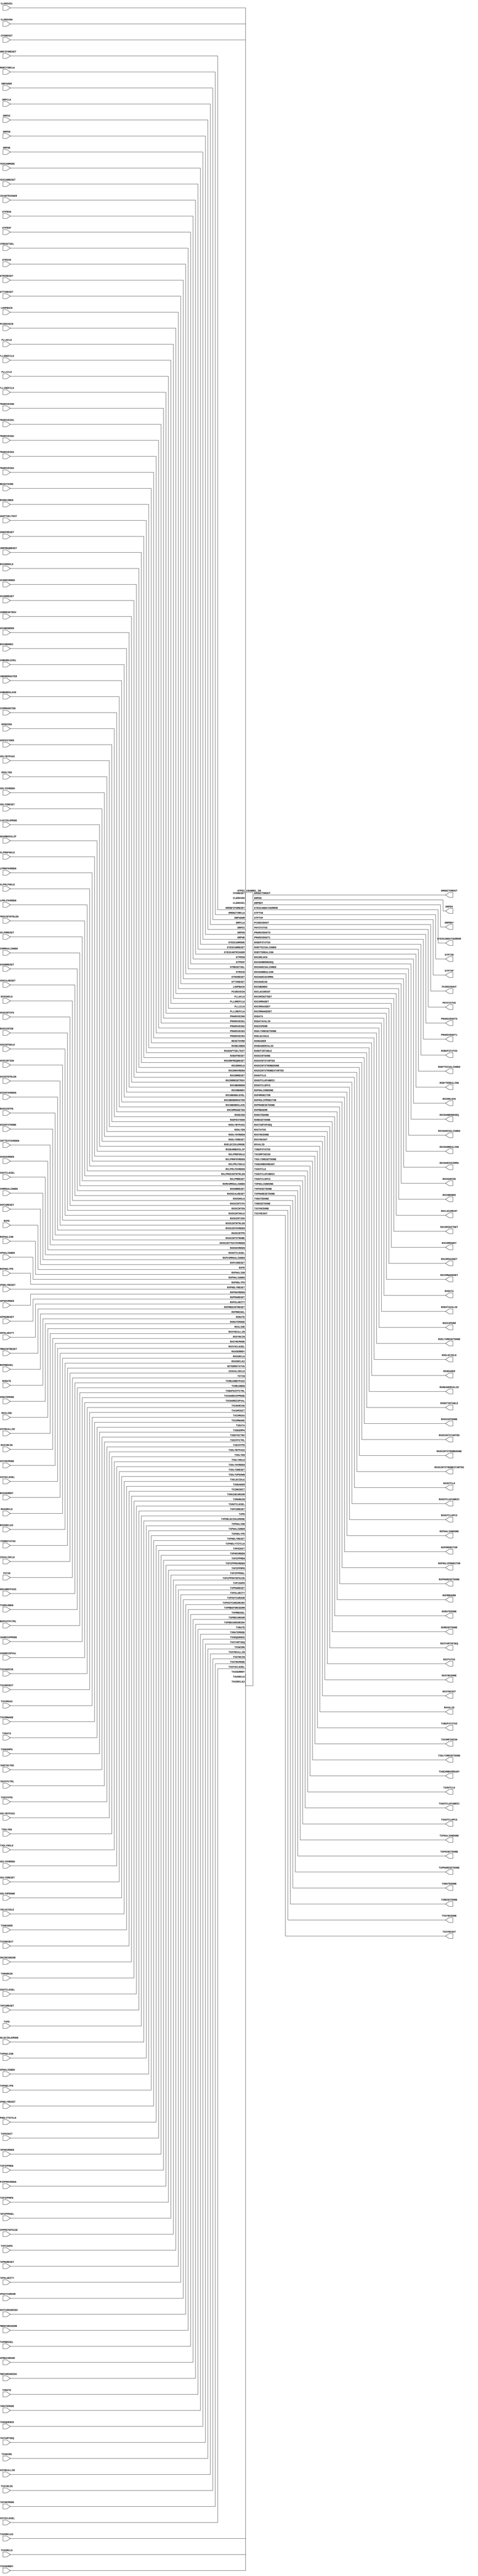
///////////////////////////////////////////////////////
//  Copyright (c) 1995/2016 Xilinx, Inc.
//  All Right Reserved.
///////////////////////////////////////////////////////
//
//   ____   ___
//  /   /\/   / 
// /___/  \  /     Vendor      : Xilinx 
// \  \    \/      Version : 2016.1
//  \  \           Description : Xilinx Formal Library Component
//  /  /                      
// /__/   /\       Filename    : GTPE2_CHANNEL.v
// \  \  /  \ 
//  \__\/\__ \                    
//                                 
///////////////////////////////////////////////////////
//  Revision:
//  06/02/11 - Initial version
//  09/27/11 - 626008 - YML updated
//  10/24/11 - 630158 - Add message
//  01/04/12 - 640449 - YML update
//  02/01/12 - 641156 - complete GTPE2 wrapper
//  10/31/14 - Added inverter functionality for IS_*_INVERTED parameter (CR 828995).
//  End Revision
/////////////////////////////////////////////////////////

`timescale 1 ps / 1 ps 

`celldefine

module GTPE2_CHANNEL (
  DMONITOROUT,
  DRPDO,
  DRPRDY,
  EYESCANDATAERROR,
  GTPTXN,
  GTPTXP,
  PCSRSVDOUT,
  PHYSTATUS,
  PMARSVDOUT0,
  PMARSVDOUT1,
  RXBUFSTATUS,
  RXBYTEISALIGNED,
  RXBYTEREALIGN,
  RXCDRLOCK,
  RXCHANBONDSEQ,
  RXCHANISALIGNED,
  RXCHANREALIGN,
  RXCHARISCOMMA,
  RXCHARISK,
  RXCHBONDO,
  RXCLKCORCNT,
  RXCOMINITDET,
  RXCOMMADET,
  RXCOMSASDET,
  RXCOMWAKEDET,
  RXDATA,
  RXDATAVALID,
  RXDISPERR,
  RXDLYSRESETDONE,
  RXELECIDLE,
  RXHEADER,
  RXHEADERVALID,
  RXNOTINTABLE,
  RXOSINTDONE,
  RXOSINTSTARTED,
  RXOSINTSTROBEDONE,
  RXOSINTSTROBESTARTED,
  RXOUTCLK,
  RXOUTCLKFABRIC,
  RXOUTCLKPCS,
  RXPHALIGNDONE,
  RXPHMONITOR,
  RXPHSLIPMONITOR,
  RXPMARESETDONE,
  RXPRBSERR,
  RXRATEDONE,
  RXRESETDONE,
  RXSTARTOFSEQ,
  RXSTATUS,
  RXSYNCDONE,
  RXSYNCOUT,
  RXVALID,
  TXBUFSTATUS,
  TXCOMFINISH,
  TXDLYSRESETDONE,
  TXGEARBOXREADY,
  TXOUTCLK,
  TXOUTCLKFABRIC,
  TXOUTCLKPCS,
  TXPHALIGNDONE,
  TXPHINITDONE,
  TXPMARESETDONE,
  TXRATEDONE,
  TXRESETDONE,
  TXSYNCDONE,
  TXSYNCOUT,

  CFGRESET,
  CLKRSVD0,
  CLKRSVD1,
  DMONFIFORESET,
  DMONITORCLK,
  DRPADDR,
  DRPCLK,
  DRPDI,
  DRPEN,
  DRPWE,
  EYESCANMODE,
  EYESCANRESET,
  EYESCANTRIGGER,
  GTPRXN,
  GTPRXP,
  GTRESETSEL,
  GTRSVD,
  GTRXRESET,
  GTTXRESET,
  LOOPBACK,
  PCSRSVDIN,
  PLL0CLK,
  PLL0REFCLK,
  PLL1CLK,
  PLL1REFCLK,
  PMARSVDIN0,
  PMARSVDIN1,
  PMARSVDIN2,
  PMARSVDIN3,
  PMARSVDIN4,
  RESETOVRD,
  RX8B10BEN,
  RXADAPTSELTEST,
  RXBUFRESET,
  RXCDRFREQRESET,
  RXCDRHOLD,
  RXCDROVRDEN,
  RXCDRRESET,
  RXCDRRESETRSV,
  RXCHBONDEN,
  RXCHBONDI,
  RXCHBONDLEVEL,
  RXCHBONDMASTER,
  RXCHBONDSLAVE,
  RXCOMMADETEN,
  RXDDIEN,
  RXDFEXYDEN,
  RXDLYBYPASS,
  RXDLYEN,
  RXDLYOVRDEN,
  RXDLYSRESET,
  RXELECIDLEMODE,
  RXGEARBOXSLIP,
  RXLPMHFHOLD,
  RXLPMHFOVRDEN,
  RXLPMLFHOLD,
  RXLPMLFOVRDEN,
  RXLPMOSINTNTRLEN,
  RXLPMRESET,
  RXMCOMMAALIGNEN,
  RXOOBRESET,
  RXOSCALRESET,
  RXOSHOLD,
  RXOSINTCFG,
  RXOSINTEN,
  RXOSINTHOLD,
  RXOSINTID0,
  RXOSINTNTRLEN,
  RXOSINTOVRDEN,
  RXOSINTPD,
  RXOSINTSTROBE,
  RXOSINTTESTOVRDEN,
  RXOSOVRDEN,
  RXOUTCLKSEL,
  RXPCOMMAALIGNEN,
  RXPCSRESET,
  RXPD,
  RXPHALIGN,
  RXPHALIGNEN,
  RXPHDLYPD,
  RXPHDLYRESET,
  RXPHOVRDEN,
  RXPMARESET,
  RXPOLARITY,
  RXPRBSCNTRESET,
  RXPRBSSEL,
  RXRATE,
  RXRATEMODE,
  RXSLIDE,
  RXSYNCALLIN,
  RXSYNCIN,
  RXSYNCMODE,
  RXSYSCLKSEL,
  RXUSERRDY,
  RXUSRCLK,
  RXUSRCLK2,
  SETERRSTATUS,
  SIGVALIDCLK,
  TSTIN,
  TX8B10BBYPASS,
  TX8B10BEN,
  TXBUFDIFFCTRL,
  TXCHARDISPMODE,
  TXCHARDISPVAL,
  TXCHARISK,
  TXCOMINIT,
  TXCOMSAS,
  TXCOMWAKE,
  TXDATA,
  TXDEEMPH,
  TXDETECTRX,
  TXDIFFCTRL,
  TXDIFFPD,
  TXDLYBYPASS,
  TXDLYEN,
  TXDLYHOLD,
  TXDLYOVRDEN,
  TXDLYSRESET,
  TXDLYUPDOWN,
  TXELECIDLE,
  TXHEADER,
  TXINHIBIT,
  TXMAINCURSOR,
  TXMARGIN,
  TXOUTCLKSEL,
  TXPCSRESET,
  TXPD,
  TXPDELECIDLEMODE,
  TXPHALIGN,
  TXPHALIGNEN,
  TXPHDLYPD,
  TXPHDLYRESET,
  TXPHDLYTSTCLK,
  TXPHINIT,
  TXPHOVRDEN,
  TXPIPPMEN,
  TXPIPPMOVRDEN,
  TXPIPPMPD,
  TXPIPPMSEL,
  TXPIPPMSTEPSIZE,
  TXPISOPD,
  TXPMARESET,
  TXPOLARITY,
  TXPOSTCURSOR,
  TXPOSTCURSORINV,
  TXPRBSFORCEERR,
  TXPRBSSEL,
  TXPRECURSOR,
  TXPRECURSORINV,
  TXRATE,
  TXRATEMODE,
  TXSEQUENCE,
  TXSTARTSEQ,
  TXSWING,
  TXSYNCALLIN,
  TXSYNCIN,
  TXSYNCMODE,
  TXSYSCLKSEL,
  TXUSERRDY,
  TXUSRCLK,
  TXUSRCLK2
);

 `ifdef XIL_TIMING //Simprim
    parameter LOC = "UNPLACED";
 `endif

  parameter [0:0] ACJTAG_DEBUG_MODE = 1'b0;
  parameter [0:0] ACJTAG_MODE = 1'b0;
  parameter [0:0] ACJTAG_RESET = 1'b0;
  parameter [19:0] ADAPT_CFG0 = 20'b00000000000000000000;
  parameter ALIGN_COMMA_DOUBLE = "FALSE";
  parameter [9:0] ALIGN_COMMA_ENABLE = 10'b0001111111;
  parameter integer ALIGN_COMMA_WORD = 1;
  parameter ALIGN_MCOMMA_DET = "TRUE";
  parameter [9:0] ALIGN_MCOMMA_VALUE = 10'b1010000011;
  parameter ALIGN_PCOMMA_DET = "TRUE";
  parameter [9:0] ALIGN_PCOMMA_VALUE = 10'b0101111100;
  parameter CBCC_DATA_SOURCE_SEL = "DECODED";
  parameter [42:0] CFOK_CFG = 43'b1001001000000000000000001000000111010000000;
  parameter [6:0] CFOK_CFG2 = 7'b0100000;
  parameter [6:0] CFOK_CFG3 = 7'b0100000;
  parameter [0:0] CFOK_CFG4 = 1'b0;
  parameter [1:0] CFOK_CFG5 = 2'b00;
  parameter [3:0] CFOK_CFG6 = 4'b0000;
  parameter CHAN_BOND_KEEP_ALIGN = "FALSE";
  parameter integer CHAN_BOND_MAX_SKEW = 7;
  parameter [9:0] CHAN_BOND_SEQ_1_1 = 10'b0101111100;
  parameter [9:0] CHAN_BOND_SEQ_1_2 = 10'b0000000000;
  parameter [9:0] CHAN_BOND_SEQ_1_3 = 10'b0000000000;
  parameter [9:0] CHAN_BOND_SEQ_1_4 = 10'b0000000000;
  parameter [3:0] CHAN_BOND_SEQ_1_ENABLE = 4'b1111;
  parameter [9:0] CHAN_BOND_SEQ_2_1 = 10'b0100000000;
  parameter [9:0] CHAN_BOND_SEQ_2_2 = 10'b0100000000;
  parameter [9:0] CHAN_BOND_SEQ_2_3 = 10'b0100000000;
  parameter [9:0] CHAN_BOND_SEQ_2_4 = 10'b0100000000;
  parameter [3:0] CHAN_BOND_SEQ_2_ENABLE = 4'b1111;
  parameter CHAN_BOND_SEQ_2_USE = "FALSE";
  parameter integer CHAN_BOND_SEQ_LEN = 1;
  parameter [0:0] CLK_COMMON_SWING = 1'b0;
  parameter CLK_CORRECT_USE = "TRUE";
  parameter CLK_COR_KEEP_IDLE = "FALSE";
  parameter integer CLK_COR_MAX_LAT = 20;
  parameter integer CLK_COR_MIN_LAT = 18;
  parameter CLK_COR_PRECEDENCE = "TRUE";
  parameter integer CLK_COR_REPEAT_WAIT = 0;
  parameter [9:0] CLK_COR_SEQ_1_1 = 10'b0100011100;
  parameter [9:0] CLK_COR_SEQ_1_2 = 10'b0000000000;
  parameter [9:0] CLK_COR_SEQ_1_3 = 10'b0000000000;
  parameter [9:0] CLK_COR_SEQ_1_4 = 10'b0000000000;
  parameter [3:0] CLK_COR_SEQ_1_ENABLE = 4'b1111;
  parameter [9:0] CLK_COR_SEQ_2_1 = 10'b0100000000;
  parameter [9:0] CLK_COR_SEQ_2_2 = 10'b0100000000;
  parameter [9:0] CLK_COR_SEQ_2_3 = 10'b0100000000;
  parameter [9:0] CLK_COR_SEQ_2_4 = 10'b0100000000;
  parameter [3:0] CLK_COR_SEQ_2_ENABLE = 4'b1111;
  parameter CLK_COR_SEQ_2_USE = "FALSE";
  parameter integer CLK_COR_SEQ_LEN = 1;
  parameter DEC_MCOMMA_DETECT = "TRUE";
  parameter DEC_PCOMMA_DETECT = "TRUE";
  parameter DEC_VALID_COMMA_ONLY = "TRUE";
  parameter [23:0] DMONITOR_CFG = 24'h000A00;
  parameter [0:0] ES_CLK_PHASE_SEL = 1'b0;
  parameter [5:0] ES_CONTROL = 6'b000000;
  parameter ES_ERRDET_EN = "FALSE";
  parameter ES_EYE_SCAN_EN = "FALSE";
  parameter [11:0] ES_HORZ_OFFSET = 12'h010;
  parameter [9:0] ES_PMA_CFG = 10'b0000000000;
  parameter [4:0] ES_PRESCALE = 5'b00000;
  parameter [79:0] ES_QUALIFIER = 80'h00000000000000000000;
  parameter [79:0] ES_QUAL_MASK = 80'h00000000000000000000;
  parameter [79:0] ES_SDATA_MASK = 80'h00000000000000000000;
  parameter [8:0] ES_VERT_OFFSET = 9'b000000000;
  parameter [3:0] FTS_DESKEW_SEQ_ENABLE = 4'b1111;
  parameter [3:0] FTS_LANE_DESKEW_CFG = 4'b1111;
  parameter FTS_LANE_DESKEW_EN = "FALSE";
  parameter [2:0] GEARBOX_MODE = 3'b000;
  parameter [0:0] IS_CLKRSVD0_INVERTED = 1'b0;
  parameter [0:0] IS_CLKRSVD1_INVERTED = 1'b0;
  parameter [0:0] IS_DMONITORCLK_INVERTED = 1'b0;
  parameter [0:0] IS_DRPCLK_INVERTED = 1'b0;
  parameter [0:0] IS_RXUSRCLK2_INVERTED = 1'b0;
  parameter [0:0] IS_RXUSRCLK_INVERTED = 1'b0;
  parameter [0:0] IS_SIGVALIDCLK_INVERTED = 1'b0;
  parameter [0:0] IS_TXPHDLYTSTCLK_INVERTED = 1'b0;
  parameter [0:0] IS_TXUSRCLK2_INVERTED = 1'b0;
  parameter [0:0] IS_TXUSRCLK_INVERTED = 1'b0;
  parameter [0:0] LOOPBACK_CFG = 1'b0;
  parameter [1:0] OUTREFCLK_SEL_INV = 2'b11;
  parameter PCS_PCIE_EN = "FALSE";
  parameter [47:0] PCS_RSVD_ATTR = 48'h000000000000;
  parameter [11:0] PD_TRANS_TIME_FROM_P2 = 12'h03C;
  parameter [7:0] PD_TRANS_TIME_NONE_P2 = 8'h19;
  parameter [7:0] PD_TRANS_TIME_TO_P2 = 8'h64;
  parameter [0:0] PMA_LOOPBACK_CFG = 1'b0;
  parameter [31:0] PMA_RSV = 32'h00000333;
  parameter [31:0] PMA_RSV2 = 32'h00002050;
  parameter [1:0] PMA_RSV3 = 2'b00;
  parameter [3:0] PMA_RSV4 = 4'b0000;
  parameter [0:0] PMA_RSV5 = 1'b0;
  parameter [0:0] PMA_RSV6 = 1'b0;
  parameter [0:0] PMA_RSV7 = 1'b0;
  parameter [4:0] RXBUFRESET_TIME = 5'b00001;
  parameter RXBUF_ADDR_MODE = "FULL";
  parameter [3:0] RXBUF_EIDLE_HI_CNT = 4'b1000;
  parameter [3:0] RXBUF_EIDLE_LO_CNT = 4'b0000;
  parameter RXBUF_EN = "TRUE";
  parameter RXBUF_RESET_ON_CB_CHANGE = "TRUE";
  parameter RXBUF_RESET_ON_COMMAALIGN = "FALSE";
  parameter RXBUF_RESET_ON_EIDLE = "FALSE";
  parameter RXBUF_RESET_ON_RATE_CHANGE = "TRUE";
  parameter integer RXBUF_THRESH_OVFLW = 61;
  parameter RXBUF_THRESH_OVRD = "FALSE";
  parameter integer RXBUF_THRESH_UNDFLW = 4;
  parameter [4:0] RXCDRFREQRESET_TIME = 5'b00001;
  parameter [4:0] RXCDRPHRESET_TIME = 5'b00001;
  parameter [82:0] RXCDR_CFG = 83'h0000107FE406001041010;
  parameter [0:0] RXCDR_FR_RESET_ON_EIDLE = 1'b0;
  parameter [0:0] RXCDR_HOLD_DURING_EIDLE = 1'b0;
  parameter [5:0] RXCDR_LOCK_CFG = 6'b001001;
  parameter [0:0] RXCDR_PH_RESET_ON_EIDLE = 1'b0;
  parameter [15:0] RXDLY_CFG = 16'h0010;
  parameter [8:0] RXDLY_LCFG = 9'h020;
  parameter [15:0] RXDLY_TAP_CFG = 16'h0000;
  parameter RXGEARBOX_EN = "FALSE";
  parameter [4:0] RXISCANRESET_TIME = 5'b00001;
  parameter [6:0] RXLPMRESET_TIME = 7'b0001111;
  parameter [0:0] RXLPM_BIAS_STARTUP_DISABLE = 1'b0;
  parameter [3:0] RXLPM_CFG = 4'b0110;
  parameter [0:0] RXLPM_CFG1 = 1'b0;
  parameter [0:0] RXLPM_CM_CFG = 1'b0;
  parameter [8:0] RXLPM_GC_CFG = 9'b111100010;
  parameter [2:0] RXLPM_GC_CFG2 = 3'b001;
  parameter [13:0] RXLPM_HF_CFG = 14'b00001111110000;
  parameter [4:0] RXLPM_HF_CFG2 = 5'b01010;
  parameter [3:0] RXLPM_HF_CFG3 = 4'b0000;
  parameter [0:0] RXLPM_HOLD_DURING_EIDLE = 1'b0;
  parameter [0:0] RXLPM_INCM_CFG = 1'b0;
  parameter [0:0] RXLPM_IPCM_CFG = 1'b0;
  parameter [17:0] RXLPM_LF_CFG = 18'b000000001111110000;
  parameter [4:0] RXLPM_LF_CFG2 = 5'b01010;
  parameter [2:0] RXLPM_OSINT_CFG = 3'b100;
  parameter [6:0] RXOOB_CFG = 7'b0000110;
  parameter RXOOB_CLK_CFG = "PMA";
  parameter [4:0] RXOSCALRESET_TIME = 5'b00011;
  parameter [4:0] RXOSCALRESET_TIMEOUT = 5'b00000;
  parameter integer RXOUT_DIV = 2;
  parameter [4:0] RXPCSRESET_TIME = 5'b00001;
  parameter [23:0] RXPHDLY_CFG = 24'h084000;
  parameter [23:0] RXPH_CFG = 24'hC00002;
  parameter [4:0] RXPH_MONITOR_SEL = 5'b00000;
  parameter [2:0] RXPI_CFG0 = 3'b000;
  parameter [0:0] RXPI_CFG1 = 1'b0;
  parameter [0:0] RXPI_CFG2 = 1'b0;
  parameter [4:0] RXPMARESET_TIME = 5'b00011;
  parameter [0:0] RXPRBS_ERR_LOOPBACK = 1'b0;
  parameter integer RXSLIDE_AUTO_WAIT = 7;
  parameter RXSLIDE_MODE = "OFF";
  parameter [0:0] RXSYNC_MULTILANE = 1'b0;
  parameter [0:0] RXSYNC_OVRD = 1'b0;
  parameter [0:0] RXSYNC_SKIP_DA = 1'b0;
  parameter [15:0] RX_BIAS_CFG = 16'b0000111100110011;
  parameter [5:0] RX_BUFFER_CFG = 6'b000000;
  parameter integer RX_CLK25_DIV = 7;
  parameter [0:0] RX_CLKMUX_EN = 1'b1;
  parameter [1:0] RX_CM_SEL = 2'b11;
  parameter [3:0] RX_CM_TRIM = 4'b0100;
  parameter integer RX_DATA_WIDTH = 20;
  parameter [5:0] RX_DDI_SEL = 6'b000000;
  parameter [13:0] RX_DEBUG_CFG = 14'b00000000000000;
  parameter RX_DEFER_RESET_BUF_EN = "TRUE";
  parameter RX_DISPERR_SEQ_MATCH = "TRUE";
  parameter [12:0] RX_OS_CFG = 13'b0001111110000;
  parameter integer RX_SIG_VALID_DLY = 10;
  parameter RX_XCLK_SEL = "RXREC";
  parameter integer SAS_MAX_COM = 64;
  parameter integer SAS_MIN_COM = 36;
  parameter [3:0] SATA_BURST_SEQ_LEN = 4'b1111;
  parameter [2:0] SATA_BURST_VAL = 3'b100;
  parameter [2:0] SATA_EIDLE_VAL = 3'b100;
  parameter integer SATA_MAX_BURST = 8;
  parameter integer SATA_MAX_INIT = 21;
  parameter integer SATA_MAX_WAKE = 7;
  parameter integer SATA_MIN_BURST = 4;
  parameter integer SATA_MIN_INIT = 12;
  parameter integer SATA_MIN_WAKE = 4;
  parameter SATA_PLL_CFG = "VCO_3000MHZ";
  parameter SHOW_REALIGN_COMMA = "TRUE";
  parameter SIM_RECEIVER_DETECT_PASS = "TRUE";
  parameter SIM_RESET_SPEEDUP = "TRUE";
  parameter SIM_TX_EIDLE_DRIVE_LEVEL = "X";
  parameter SIM_VERSION = "1.0";
  parameter [14:0] TERM_RCAL_CFG = 15'b100001000010000;
  parameter [2:0] TERM_RCAL_OVRD = 3'b000;
  parameter [7:0] TRANS_TIME_RATE = 8'h0E;
  parameter [31:0] TST_RSV = 32'h00000000;
  parameter TXBUF_EN = "TRUE";
  parameter TXBUF_RESET_ON_RATE_CHANGE = "FALSE";
  parameter [15:0] TXDLY_CFG = 16'h0010;
  parameter [8:0] TXDLY_LCFG = 9'h020;
  parameter [15:0] TXDLY_TAP_CFG = 16'h0000;
  parameter TXGEARBOX_EN = "FALSE";
  parameter [0:0] TXOOB_CFG = 1'b0;
  parameter integer TXOUT_DIV = 2;
  parameter [4:0] TXPCSRESET_TIME = 5'b00001;
  parameter [23:0] TXPHDLY_CFG = 24'h084000;
  parameter [15:0] TXPH_CFG = 16'h0400;
  parameter [4:0] TXPH_MONITOR_SEL = 5'b00000;
  parameter [1:0] TXPI_CFG0 = 2'b00;
  parameter [1:0] TXPI_CFG1 = 2'b00;
  parameter [1:0] TXPI_CFG2 = 2'b00;
  parameter [0:0] TXPI_CFG3 = 1'b0;
  parameter [0:0] TXPI_CFG4 = 1'b0;
  parameter [2:0] TXPI_CFG5 = 3'b000;
  parameter [0:0] TXPI_GREY_SEL = 1'b0;
  parameter [0:0] TXPI_INVSTROBE_SEL = 1'b0;
  parameter TXPI_PPMCLK_SEL = "TXUSRCLK2";
  parameter [7:0] TXPI_PPM_CFG = 8'b00000000;
  parameter [2:0] TXPI_SYNFREQ_PPM = 3'b000;
  parameter [4:0] TXPMARESET_TIME = 5'b00001;
  parameter [0:0] TXSYNC_MULTILANE = 1'b0;
  parameter [0:0] TXSYNC_OVRD = 1'b0;
  parameter [0:0] TXSYNC_SKIP_DA = 1'b0;
  parameter integer TX_CLK25_DIV = 7;
  parameter [0:0] TX_CLKMUX_EN = 1'b1;
  parameter integer TX_DATA_WIDTH = 20;
  parameter [5:0] TX_DEEMPH0 = 6'b000000;
  parameter [5:0] TX_DEEMPH1 = 6'b000000;
  parameter TX_DRIVE_MODE = "DIRECT";
  parameter [2:0] TX_EIDLE_ASSERT_DELAY = 3'b110;
  parameter [2:0] TX_EIDLE_DEASSERT_DELAY = 3'b100;
  parameter TX_LOOPBACK_DRIVE_HIZ = "FALSE";
  parameter [0:0] TX_MAINCURSOR_SEL = 1'b0;
  parameter [6:0] TX_MARGIN_FULL_0 = 7'b1001110;
  parameter [6:0] TX_MARGIN_FULL_1 = 7'b1001001;
  parameter [6:0] TX_MARGIN_FULL_2 = 7'b1000101;
  parameter [6:0] TX_MARGIN_FULL_3 = 7'b1000010;
  parameter [6:0] TX_MARGIN_FULL_4 = 7'b1000000;
  parameter [6:0] TX_MARGIN_LOW_0 = 7'b1000110;
  parameter [6:0] TX_MARGIN_LOW_1 = 7'b1000100;
  parameter [6:0] TX_MARGIN_LOW_2 = 7'b1000010;
  parameter [6:0] TX_MARGIN_LOW_3 = 7'b1000000;
  parameter [6:0] TX_MARGIN_LOW_4 = 7'b1000000;
  parameter [0:0] TX_PREDRIVER_MODE = 1'b0;
  parameter [13:0] TX_RXDETECT_CFG = 14'h1832;
  parameter [2:0] TX_RXDETECT_REF = 3'b100;
  parameter TX_XCLK_SEL = "TXUSR";
  parameter [0:0] UCODEER_CLR = 1'b0;
  parameter [0:0] USE_PCS_CLK_PHASE_SEL = 1'b0; 

  output DRPRDY;
  output EYESCANDATAERROR;
  output GTPTXN;
  output GTPTXP;
  output PHYSTATUS;
  output PMARSVDOUT0;
  output PMARSVDOUT1;
  output RXBYTEISALIGNED;
  output RXBYTEREALIGN;
  output RXCDRLOCK;
  output RXCHANBONDSEQ;
  output RXCHANISALIGNED;
  output RXCHANREALIGN;
  output RXCOMINITDET;
  output RXCOMMADET;
  output RXCOMSASDET;
  output RXCOMWAKEDET;
  output RXDLYSRESETDONE;
  output RXELECIDLE;
  output RXHEADERVALID;
  output RXOSINTDONE;
  output RXOSINTSTARTED;
  output RXOSINTSTROBEDONE;
  output RXOSINTSTROBESTARTED;
  output RXOUTCLK;
  output RXOUTCLKFABRIC;
  output RXOUTCLKPCS;
  output RXPHALIGNDONE;
  output RXPMARESETDONE;
  output RXPRBSERR;
  output RXRATEDONE;
  output RXRESETDONE;
  output RXSYNCDONE;
  output RXSYNCOUT;
  output RXVALID;
  output TXCOMFINISH;
  output TXDLYSRESETDONE;
  output TXGEARBOXREADY;
  output TXOUTCLK;
  output TXOUTCLKFABRIC;
  output TXOUTCLKPCS;
  output TXPHALIGNDONE;
  output TXPHINITDONE;
  output TXPMARESETDONE;
  output TXRATEDONE;
  output TXRESETDONE;
  output TXSYNCDONE;
  output TXSYNCOUT;
  output [14:0] DMONITOROUT;
  output [15:0] DRPDO;
  output [15:0] PCSRSVDOUT;
  output [1:0] RXCLKCORCNT;
  output [1:0] RXDATAVALID;
  output [1:0] RXSTARTOFSEQ;
  output [1:0] TXBUFSTATUS;
  output [2:0] RXBUFSTATUS;
  output [2:0] RXHEADER;
  output [2:0] RXSTATUS;
  output [31:0] RXDATA;
  output [3:0] RXCHARISCOMMA;
  output [3:0] RXCHARISK;
  output [3:0] RXCHBONDO;
  output [3:0] RXDISPERR;
  output [3:0] RXNOTINTABLE;
  output [4:0] RXPHMONITOR;
  output [4:0] RXPHSLIPMONITOR;

  input CFGRESET;
  input CLKRSVD0;
  input CLKRSVD1;
  input DMONFIFORESET;
  input DMONITORCLK;
  input DRPCLK;
  input DRPEN;
  input DRPWE;
  input EYESCANMODE;
  input EYESCANRESET;
  input EYESCANTRIGGER;
  input GTPRXN;
  input GTPRXP;
  input GTRESETSEL;
  input GTRXRESET;
  input GTTXRESET;
  input PLL0CLK;
  input PLL0REFCLK;
  input PLL1CLK;
  input PLL1REFCLK;
  input PMARSVDIN0;
  input PMARSVDIN1;
  input PMARSVDIN2;
  input PMARSVDIN3;
  input PMARSVDIN4;
  input RESETOVRD;
  input RX8B10BEN;
  input RXBUFRESET;
  input RXCDRFREQRESET;
  input RXCDRHOLD;
  input RXCDROVRDEN;
  input RXCDRRESET;
  input RXCDRRESETRSV;
  input RXCHBONDEN;
  input RXCHBONDMASTER;
  input RXCHBONDSLAVE;
  input RXCOMMADETEN;
  input RXDDIEN;
  input RXDFEXYDEN;
  input RXDLYBYPASS;
  input RXDLYEN;
  input RXDLYOVRDEN;
  input RXDLYSRESET;
  input RXGEARBOXSLIP;
  input RXLPMHFHOLD;
  input RXLPMHFOVRDEN;
  input RXLPMLFHOLD;
  input RXLPMLFOVRDEN;
  input RXLPMOSINTNTRLEN;
  input RXLPMRESET;
  input RXMCOMMAALIGNEN;
  input RXOOBRESET;
  input RXOSCALRESET;
  input RXOSHOLD;
  input RXOSINTEN;
  input RXOSINTHOLD;
  input RXOSINTNTRLEN;
  input RXOSINTOVRDEN;
  input RXOSINTPD;
  input RXOSINTSTROBE;
  input RXOSINTTESTOVRDEN;
  input RXOSOVRDEN;
  input RXPCOMMAALIGNEN;
  input RXPCSRESET;
  input RXPHALIGN;
  input RXPHALIGNEN;
  input RXPHDLYPD;
  input RXPHDLYRESET;
  input RXPHOVRDEN;
  input RXPMARESET;
  input RXPOLARITY;
  input RXPRBSCNTRESET;
  input RXRATEMODE;
  input RXSLIDE;
  input RXSYNCALLIN;
  input RXSYNCIN;
  input RXSYNCMODE;
  input RXUSERRDY;
  input RXUSRCLK2;
  input RXUSRCLK;
  input SETERRSTATUS;
  input SIGVALIDCLK;
  input TX8B10BEN;
  input TXCOMINIT;
  input TXCOMSAS;
  input TXCOMWAKE;
  input TXDEEMPH;
  input TXDETECTRX;
  input TXDIFFPD;
  input TXDLYBYPASS;
  input TXDLYEN;
  input TXDLYHOLD;
  input TXDLYOVRDEN;
  input TXDLYSRESET;
  input TXDLYUPDOWN;
  input TXELECIDLE;
  input TXINHIBIT;
  input TXPCSRESET;
  input TXPDELECIDLEMODE;
  input TXPHALIGN;
  input TXPHALIGNEN;
  input TXPHDLYPD;
  input TXPHDLYRESET;
  input TXPHDLYTSTCLK;
  input TXPHINIT;
  input TXPHOVRDEN;
  input TXPIPPMEN;
  input TXPIPPMOVRDEN;
  input TXPIPPMPD;
  input TXPIPPMSEL;
  input TXPISOPD;
  input TXPMARESET;
  input TXPOLARITY;
  input TXPOSTCURSORINV;
  input TXPRBSFORCEERR;
  input TXPRECURSORINV;
  input TXRATEMODE;
  input TXSTARTSEQ;
  input TXSWING;
  input TXSYNCALLIN;
  input TXSYNCIN;
  input TXSYNCMODE;
  input TXUSERRDY;
  input TXUSRCLK2;
  input TXUSRCLK;
  input [13:0] RXADAPTSELTEST;
  input [15:0] DRPDI;
  input [15:0] GTRSVD;
  input [15:0] PCSRSVDIN;
  input [19:0] TSTIN;
  input [1:0] RXELECIDLEMODE;
  input [1:0] RXPD;
  input [1:0] RXSYSCLKSEL;
  input [1:0] TXPD;
  input [1:0] TXSYSCLKSEL;
  input [2:0] LOOPBACK;
  input [2:0] RXCHBONDLEVEL;
  input [2:0] RXOUTCLKSEL;
  input [2:0] RXPRBSSEL;
  input [2:0] RXRATE;
  input [2:0] TXBUFDIFFCTRL;
  input [2:0] TXHEADER;
  input [2:0] TXMARGIN;
  input [2:0] TXOUTCLKSEL;
  input [2:0] TXPRBSSEL;
  input [2:0] TXRATE;
  input [31:0] TXDATA;
  input [3:0] RXCHBONDI;
  input [3:0] RXOSINTCFG;
  input [3:0] RXOSINTID0;
  input [3:0] TX8B10BBYPASS;
  input [3:0] TXCHARDISPMODE;
  input [3:0] TXCHARDISPVAL;
  input [3:0] TXCHARISK;
  input [3:0] TXDIFFCTRL;
  input [4:0] TXPIPPMSTEPSIZE;
  input [4:0] TXPOSTCURSOR;
  input [4:0] TXPRECURSOR;
  input [6:0] TXMAINCURSOR;
  input [6:0] TXSEQUENCE;
  input [8:0] DRPADDR;

   wire delay_CLKRSVD0;
   wire delay_CLKRSVD1;
   wire delay_DMONITORCLK;
   wire delay_DRPCLK;
   wire delay_RXUSRCLK;
   wire delay_RXUSRCLK2;
   wire delay_SIGVALIDCLK;
   wire delay_TXPHDLYTSTCLK;
   wire delay_TXUSRCLK;
   wire delay_TXUSRCLK2;
   
   assign delay_CLKRSVD0 = CLKRSVD0 ^ IS_CLKRSVD0_INVERTED;
   assign delay_CLKRSVD1 = CLKRSVD1 ^ IS_CLKRSVD1_INVERTED;
   assign delay_DMONITORCLK = DMONITORCLK ^ IS_DMONITORCLK_INVERTED;
   assign delay_DRPCLK = DRPCLK ^ IS_DRPCLK_INVERTED;
   assign delay_RXUSRCLK = RXUSRCLK ^ IS_RXUSRCLK_INVERTED;
   assign delay_RXUSRCLK2 = RXUSRCLK2 ^ IS_RXUSRCLK2_INVERTED;
   assign delay_SIGVALIDCLK = SIGVALIDCLK ^  IS_SIGVALIDCLK_INVERTED;
   assign delay_TXPHDLYTSTCLK = TXPHDLYTSTCLK ^ IS_TXPHDLYTSTCLK_INVERTED;
   assign delay_TXUSRCLK = TXUSRCLK ^ IS_TXUSRCLK_INVERTED;
   assign delay_TXUSRCLK2 = TXUSRCLK2 ^ IS_TXUSRCLK2_INVERTED;
   
   GTPE2_CHANNEL_bb inst_bb (
               .DMONITOROUT(DMONITOROUT),
               .DRPDO(DRPDO),
               .DRPRDY(DRPRDY),
               .EYESCANDATAERROR(EYESCANDATAERROR),
               .GTPTXN(GTPTXN),
               .GTPTXP(GTPTXP),
               .PCSRSVDOUT(PCSRSVDOUT),
               .PHYSTATUS(PHYSTATUS),
               .PMARSVDOUT0(PMARSVDOUT0),
               .PMARSVDOUT1(PMARSVDOUT1),
               .RXBUFSTATUS(RXBUFSTATUS),
               .RXBYTEISALIGNED(RXBYTEISALIGNED),
               .RXBYTEREALIGN(RXBYTEREALIGN),
               .RXCDRLOCK(RXCDRLOCK),
               .RXCHANBONDSEQ(RXCHANBONDSEQ),
               .RXCHANISALIGNED(RXCHANISALIGNED),
               .RXCHANREALIGN(RXCHANREALIGN),
               .RXCHARISCOMMA(RXCHARISCOMMA),
               .RXCHARISK(RXCHARISK),
               .RXCHBONDO(RXCHBONDO),
               .RXCLKCORCNT(RXCLKCORCNT),
               .RXCOMINITDET(RXCOMINITDET),
               .RXCOMMADET(RXCOMMADET),
               .RXCOMSASDET(RXCOMSASDET),
               .RXCOMWAKEDET(RXCOMWAKEDET),
               .RXDATA(RXDATA),
               .RXDATAVALID(RXDATAVALID),
               .RXDISPERR(RXDISPERR),
               .RXDLYSRESETDONE(RXDLYSRESETDONE),
               .RXELECIDLE(RXELECIDLE),
               .RXHEADER(RXHEADER),
               .RXHEADERVALID(RXHEADERVALID),
               .RXNOTINTABLE(RXNOTINTABLE),
               .RXOSINTDONE(RXOSINTDONE),
               .RXOSINTSTARTED(RXOSINTSTARTED),
               .RXOSINTSTROBEDONE(RXOSINTSTROBEDONE),
               .RXOSINTSTROBESTARTED(RXOSINTSTROBESTARTED),
               .RXOUTCLK(RXOUTCLK),
               .RXOUTCLKFABRIC(RXOUTCLKFABRIC),
               .RXOUTCLKPCS(RXOUTCLKPCS),
               .RXPHALIGNDONE(RXPHALIGNDONE),
               .RXPHMONITOR(RXPHMONITOR),
               .RXPHSLIPMONITOR(RXPHSLIPMONITOR),
               .RXPMARESETDONE(RXPMARESETDONE),
               .RXPRBSERR(RXPRBSERR),
               .RXRATEDONE(RXRATEDONE),
               .RXRESETDONE(RXRESETDONE),
               .RXSTARTOFSEQ(RXSTARTOFSEQ),
               .RXSTATUS(RXSTATUS),
               .RXSYNCDONE(RXSYNCDONE),
               .RXSYNCOUT(RXSYNCOUT),
               .RXVALID(RXVALID),
               .TXBUFSTATUS(TXBUFSTATUS),
               .TXCOMFINISH(TXCOMFINISH),
               .TXDLYSRESETDONE(TXDLYSRESETDONE),
               .TXGEARBOXREADY(TXGEARBOXREADY),
               .TXOUTCLK(TXOUTCLK),
               .TXOUTCLKFABRIC(TXOUTCLKFABRIC),
               .TXOUTCLKPCS(TXOUTCLKPCS),
               .TXPHALIGNDONE(TXPHALIGNDONE),
               .TXPHINITDONE(TXPHINITDONE),
               .TXPMARESETDONE(TXPMARESETDONE),
               .TXRATEDONE(TXRATEDONE),
               .TXRESETDONE(TXRESETDONE),
               .TXSYNCDONE(TXSYNCDONE),
               .TXSYNCOUT(TXSYNCOUT),
               .CFGRESET(CFGRESET),
               .CLKRSVD0(delay_CLKRSVD0),
               .CLKRSVD1(delay_CLKRSVD1),
               .DMONFIFORESET(DMONFIFORESET),
               .DMONITORCLK(delay_DMONITORCLK),
               .DRPADDR(DRPADDR),
               .DRPCLK(delay_DRPCLK),
               .DRPDI(DRPDI),
               .DRPEN(DRPEN),
               .DRPWE(DRPWE),
               .EYESCANMODE(EYESCANMODE),
               .EYESCANRESET(EYESCANRESET),
               .EYESCANTRIGGER(EYESCANTRIGGER),
               .GTPRXN(GTPRXN),
               .GTPRXP(GTPRXP),
               .GTRESETSEL(GTRESETSEL),
               .GTRSVD(GTRSVD),
               .GTRXRESET(GTRXRESET),
               .GTTXRESET(GTTXRESET),
               .LOOPBACK(LOOPBACK),
               .PCSRSVDIN(PCSRSVDIN),
               .PLL0CLK(PLL0CLK),
               .PLL0REFCLK(PLL0REFCLK),
               .PLL1CLK(PLL1CLK),
               .PLL1REFCLK(PLL1REFCLK),
               .PMARSVDIN0(PMARSVDIN0),
               .PMARSVDIN1(PMARSVDIN1),
               .PMARSVDIN2(PMARSVDIN2),
               .PMARSVDIN3(PMARSVDIN3),
               .PMARSVDIN4(PMARSVDIN4),
               .RESETOVRD(RESETOVRD),
               .RX8B10BEN(RX8B10BEN),
               .RXADAPTSELTEST(RXADAPTSELTEST),
               .RXBUFRESET(RXBUFRESET),
               .RXCDRFREQRESET(RXCDRFREQRESET),
               .RXCDRHOLD(RXCDRHOLD),
               .RXCDROVRDEN(RXCDROVRDEN),
               .RXCDRRESET(RXCDRRESET),
               .RXCDRRESETRSV(RXCDRRESETRSV),
               .RXCHBONDEN(RXCHBONDEN),
               .RXCHBONDI(RXCHBONDI),
               .RXCHBONDLEVEL(RXCHBONDLEVEL),
               .RXCHBONDMASTER(RXCHBONDMASTER),
               .RXCHBONDSLAVE(RXCHBONDSLAVE),
               .RXCOMMADETEN(RXCOMMADETEN),
               .RXDDIEN(RXDDIEN),
               .RXDFEXYDEN(RXDFEXYDEN),
               .RXDLYBYPASS(RXDLYBYPASS),
               .RXDLYEN(RXDLYEN),
               .RXDLYOVRDEN(RXDLYOVRDEN),
               .RXDLYSRESET(RXDLYSRESET),
               .RXELECIDLEMODE(RXELECIDLEMODE),
               .RXGEARBOXSLIP(RXGEARBOXSLIP),
               .RXLPMHFHOLD(RXLPMHFHOLD),
               .RXLPMHFOVRDEN(RXLPMHFOVRDEN),
               .RXLPMLFHOLD(RXLPMLFHOLD),
               .RXLPMLFOVRDEN(RXLPMLFOVRDEN),
               .RXLPMOSINTNTRLEN(RXLPMOSINTNTRLEN),
               .RXLPMRESET(RXLPMRESET),
               .RXMCOMMAALIGNEN(RXMCOMMAALIGNEN),
               .RXOOBRESET(RXOOBRESET),
               .RXOSCALRESET(RXOSCALRESET),
               .RXOSHOLD(RXOSHOLD),
               .RXOSINTCFG(RXOSINTCFG),
               .RXOSINTEN(RXOSINTEN),
               .RXOSINTHOLD(RXOSINTHOLD),
               .RXOSINTID0(RXOSINTID0),
               .RXOSINTNTRLEN(RXOSINTNTRLEN),
               .RXOSINTOVRDEN(RXOSINTOVRDEN),
               .RXOSINTPD(RXOSINTPD),
               .RXOSINTSTROBE(RXOSINTSTROBE),
               .RXOSINTTESTOVRDEN(RXOSINTTESTOVRDEN),
               .RXOSOVRDEN(RXOSOVRDEN),
               .RXOUTCLKSEL(RXOUTCLKSEL),
               .RXPCOMMAALIGNEN(RXPCOMMAALIGNEN),
               .RXPCSRESET(RXPCSRESET),
               .RXPD(RXPD),
               .RXPHALIGN(RXPHALIGN),
               .RXPHALIGNEN(RXPHALIGNEN),
               .RXPHDLYPD(RXPHDLYPD),
               .RXPHDLYRESET(RXPHDLYRESET),
               .RXPHOVRDEN(RXPHOVRDEN),
               .RXPMARESET(RXPMARESET),
               .RXPOLARITY(RXPOLARITY),
               .RXPRBSCNTRESET(RXPRBSCNTRESET),
               .RXPRBSSEL(RXPRBSSEL),
               .RXRATE(RXRATE),
               .RXRATEMODE(RXRATEMODE),
               .RXSLIDE(RXSLIDE),
               .RXSYNCALLIN(RXSYNCALLIN),
               .RXSYNCIN(RXSYNCIN),
               .RXSYNCMODE(RXSYNCMODE),
               .RXSYSCLKSEL(RXSYSCLKSEL),
               .RXUSERRDY(RXUSERRDY),
               .RXUSRCLK(delay_RXUSRCLK),
               .RXUSRCLK2(delay_RXUSRCLK2),
               .SETERRSTATUS(SETERRSTATUS),
               .SIGVALIDCLK(delay_SIGVALIDCLK),
               .TSTIN(TSTIN),
               .TX8B10BBYPASS(TX8B10BBYPASS),
               .TX8B10BEN(TX8B10BEN),
               .TXBUFDIFFCTRL(TXBUFDIFFCTRL),
               .TXCHARDISPMODE(TXCHARDISPMODE),
               .TXCHARDISPVAL(TXCHARDISPVAL),
               .TXCHARISK(TXCHARISK),
               .TXCOMINIT(TXCOMINIT),
               .TXCOMSAS(TXCOMSAS),
               .TXCOMWAKE(TXCOMWAKE),
               .TXDATA(TXDATA),
               .TXDEEMPH(TXDEEMPH),
               .TXDETECTRX(TXDETECTRX),
               .TXDIFFCTRL(TXDIFFCTRL),
               .TXDIFFPD(TXDIFFPD),
               .TXDLYBYPASS(TXDLYBYPASS),
               .TXDLYEN(TXDLYEN),
               .TXDLYHOLD(TXDLYHOLD),
               .TXDLYOVRDEN(TXDLYOVRDEN),
               .TXDLYSRESET(TXDLYSRESET),
               .TXDLYUPDOWN(TXDLYUPDOWN),
               .TXELECIDLE(TXELECIDLE),
               .TXHEADER(TXHEADER),
               .TXINHIBIT(TXINHIBIT),
               .TXMAINCURSOR(TXMAINCURSOR),
               .TXMARGIN(TXMARGIN),
               .TXOUTCLKSEL(TXOUTCLKSEL),
               .TXPCSRESET(TXPCSRESET),
               .TXPD(TXPD),
               .TXPDELECIDLEMODE(TXPDELECIDLEMODE),
               .TXPHALIGN(TXPHALIGN),
               .TXPHALIGNEN(TXPHALIGNEN),
               .TXPHDLYPD(TXPHDLYPD),
               .TXPHDLYRESET(TXPHDLYRESET),
               .TXPHDLYTSTCLK(delay_TXPHDLYTSTCLK),
               .TXPHINIT(TXPHINIT),
               .TXPHOVRDEN(TXPHOVRDEN),
               .TXPIPPMEN(TXPIPPMEN),
               .TXPIPPMOVRDEN(TXPIPPMOVRDEN),
               .TXPIPPMPD(TXPIPPMPD),
               .TXPIPPMSEL(TXPIPPMSEL),
               .TXPIPPMSTEPSIZE(TXPIPPMSTEPSIZE),
               .TXPISOPD(TXPISOPD),
               .TXPMARESET(TXPMARESET),
               .TXPOLARITY(TXPOLARITY),
               .TXPOSTCURSOR(TXPOSTCURSOR),
               .TXPOSTCURSORINV(TXPOSTCURSORINV),
               .TXPRBSFORCEERR(TXPRBSFORCEERR),
               .TXPRBSSEL(TXPRBSSEL),
               .TXPRECURSOR(TXPRECURSOR),
               .TXPRECURSORINV(TXPRECURSORINV),
               .TXRATE(TXRATE),
               .TXRATEMODE(TXRATEMODE),
               .TXSEQUENCE(TXSEQUENCE),
               .TXSTARTSEQ(TXSTARTSEQ),
               .TXSWING(TXSWING),
               .TXSYNCALLIN(TXSYNCALLIN),
               .TXSYNCIN(TXSYNCIN),
               .TXSYNCMODE(TXSYNCMODE),
               .TXSYSCLKSEL(TXSYSCLKSEL),
               .TXUSERRDY(TXUSERRDY),
               .TXUSRCLK(delay_TXUSRCLK),
               .TXUSRCLK2(delay_TXUSRCLK2)
               );

endmodule

module GTPE2_CHANNEL_bb (
  output DRPRDY,
  output EYESCANDATAERROR,
  output GTPTXN,
  output GTPTXP,
  output PHYSTATUS,
  output PMARSVDOUT0,
  output PMARSVDOUT1,
  output RXBYTEISALIGNED,
  output RXBYTEREALIGN,
  output RXCDRLOCK,
  output RXCHANBONDSEQ,
  output RXCHANISALIGNED,
  output RXCHANREALIGN,
  output RXCOMINITDET,
  output RXCOMMADET,
  output RXCOMSASDET,
  output RXCOMWAKEDET,
  output RXDLYSRESETDONE,
  output RXELECIDLE,
  output RXHEADERVALID,
  output RXOSINTDONE,
  output RXOSINTSTARTED,
  output RXOSINTSTROBEDONE,
  output RXOSINTSTROBESTARTED,
  output RXOUTCLK,
  output RXOUTCLKFABRIC,
  output RXOUTCLKPCS,
  output RXPHALIGNDONE,
  output RXPMARESETDONE,
  output RXPRBSERR,
  output RXRATEDONE,
  output RXRESETDONE,
  output RXSYNCDONE,
  output RXSYNCOUT,
  output RXVALID,
  output TXCOMFINISH,
  output TXDLYSRESETDONE,
  output TXGEARBOXREADY,
  output TXOUTCLK,
  output TXOUTCLKFABRIC,
  output TXOUTCLKPCS,
  output TXPHALIGNDONE,
  output TXPHINITDONE,
  output TXPMARESETDONE,
  output TXRATEDONE,
  output TXRESETDONE,
  output TXSYNCDONE,
  output TXSYNCOUT,
  output [14:0] DMONITOROUT,
  output [15:0] DRPDO,
  output [15:0] PCSRSVDOUT,
  output [1:0] RXCLKCORCNT,
  output [1:0] RXDATAVALID,
  output [1:0] RXSTARTOFSEQ,
  output [1:0] TXBUFSTATUS,
  output [2:0] RXBUFSTATUS,
  output [2:0] RXHEADER,
  output [2:0] RXSTATUS,
  output [31:0] RXDATA,
  output [3:0] RXCHARISCOMMA,
  output [3:0] RXCHARISK,
  output [3:0] RXCHBONDO,
  output [3:0] RXDISPERR,
  output [3:0] RXNOTINTABLE,
  output [4:0] RXPHMONITOR,
  output [4:0] RXPHSLIPMONITOR,

  input CFGRESET,
  input CLKRSVD0,
  input CLKRSVD1,
  input DMONFIFORESET,
  input DMONITORCLK,
  input DRPCLK,
  input DRPEN,
  input DRPWE,
  input EYESCANMODE,
  input EYESCANRESET,
  input EYESCANTRIGGER,
  input GTPRXN,
  input GTPRXP,
  input GTRESETSEL,
  input GTRXRESET,
  input GTTXRESET,
  input PLL0CLK,
  input PLL0REFCLK,
  input PLL1CLK,
  input PLL1REFCLK,
  input PMARSVDIN0,
  input PMARSVDIN1,
  input PMARSVDIN2,
  input PMARSVDIN3,
  input PMARSVDIN4,
  input RESETOVRD,
  input RX8B10BEN,
  input RXBUFRESET,
  input RXCDRFREQRESET,
  input RXCDRHOLD,
  input RXCDROVRDEN,
  input RXCDRRESET,
  input RXCDRRESETRSV,
  input RXCHBONDEN,
  input RXCHBONDMASTER,
  input RXCHBONDSLAVE,
  input RXCOMMADETEN,
  input RXDDIEN,
  input RXDFEXYDEN,
  input RXDLYBYPASS,
  input RXDLYEN,
  input RXDLYOVRDEN,
  input RXDLYSRESET,
  input RXGEARBOXSLIP,
  input RXLPMHFHOLD,
  input RXLPMHFOVRDEN,
  input RXLPMLFHOLD,
  input RXLPMLFOVRDEN,
  input RXLPMOSINTNTRLEN,
  input RXLPMRESET,
  input RXMCOMMAALIGNEN,
  input RXOOBRESET,
  input RXOSCALRESET,
  input RXOSHOLD,
  input RXOSINTEN,
  input RXOSINTHOLD,
  input RXOSINTNTRLEN,
  input RXOSINTOVRDEN,
  input RXOSINTPD,
  input RXOSINTSTROBE,
  input RXOSINTTESTOVRDEN,
  input RXOSOVRDEN,
  input RXPCOMMAALIGNEN,
  input RXPCSRESET,
  input RXPHALIGN,
  input RXPHALIGNEN,
  input RXPHDLYPD,
  input RXPHDLYRESET,
  input RXPHOVRDEN,
  input RXPMARESET,
  input RXPOLARITY,
  input RXPRBSCNTRESET,
  input RXRATEMODE,
  input RXSLIDE,
  input RXSYNCALLIN,
  input RXSYNCIN,
  input RXSYNCMODE,
  input RXUSERRDY,
  input RXUSRCLK2,
  input RXUSRCLK,
  input SETERRSTATUS,
  input SIGVALIDCLK,
  input TX8B10BEN,
  input TXCOMINIT,
  input TXCOMSAS,
  input TXCOMWAKE,
  input TXDEEMPH,
  input TXDETECTRX,
  input TXDIFFPD,
  input TXDLYBYPASS,
  input TXDLYEN,
  input TXDLYHOLD,
  input TXDLYOVRDEN,
  input TXDLYSRESET,
  input TXDLYUPDOWN,
  input TXELECIDLE,
  input TXINHIBIT,
  input TXPCSRESET,
  input TXPDELECIDLEMODE,
  input TXPHALIGN,
  input TXPHALIGNEN,
  input TXPHDLYPD,
  input TXPHDLYRESET,
  input TXPHDLYTSTCLK,
  input TXPHINIT,
  input TXPHOVRDEN,
  input TXPIPPMEN,
  input TXPIPPMOVRDEN,
  input TXPIPPMPD,
  input TXPIPPMSEL,
  input TXPISOPD,
  input TXPMARESET,
  input TXPOLARITY,
  input TXPOSTCURSORINV,
  input TXPRBSFORCEERR,
  input TXPRECURSORINV,
  input TXRATEMODE,
  input TXSTARTSEQ,
  input TXSWING,
  input TXSYNCALLIN,
  input TXSYNCIN,
  input TXSYNCMODE,
  input TXUSERRDY,
  input TXUSRCLK2,
  input TXUSRCLK,
  input [13:0] RXADAPTSELTEST,
  input [15:0] DRPDI,
  input [15:0] GTRSVD,
  input [15:0] PCSRSVDIN,
  input [19:0] TSTIN,
  input [1:0] RXELECIDLEMODE,
  input [1:0] RXPD,
  input [1:0] RXSYSCLKSEL,
  input [1:0] TXPD,
  input [1:0] TXSYSCLKSEL,
  input [2:0] LOOPBACK,
  input [2:0] RXCHBONDLEVEL,
  input [2:0] RXOUTCLKSEL,
  input [2:0] RXPRBSSEL,
  input [2:0] RXRATE,
  input [2:0] TXBUFDIFFCTRL,
  input [2:0] TXHEADER,
  input [2:0] TXMARGIN,
  input [2:0] TXOUTCLKSEL,
  input [2:0] TXPRBSSEL,
  input [2:0] TXRATE,
  input [31:0] TXDATA,
  input [3:0] RXCHBONDI,
  input [3:0] RXOSINTCFG,
  input [3:0] RXOSINTID0,
  input [3:0] TX8B10BBYPASS,
  input [3:0] TXCHARDISPMODE,
  input [3:0] TXCHARDISPVAL,
  input [3:0] TXCHARISK,
  input [3:0] TXDIFFCTRL,
  input [4:0] TXPIPPMSTEPSIZE,
  input [4:0] TXPOSTCURSOR,
  input [4:0] TXPRECURSOR,
  input [6:0] TXMAINCURSOR,
  input [6:0] TXSEQUENCE,
  input [8:0] DRPADDR
);

endmodule

`endcelldefine